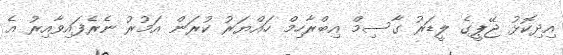
އިދިކޮޅު ޖޭޕީގެ ލީޑަރު ގާސިމް އިބްރާހިމް ހައްޔަރު ކުރަން އަމުރު ނެރެފައިވާއިރު އެ